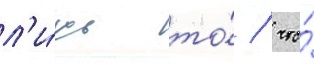
л'и́шь то́ / что́